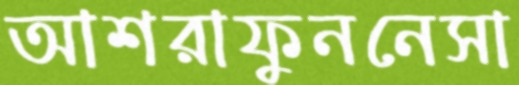
আশরাফুননেসা